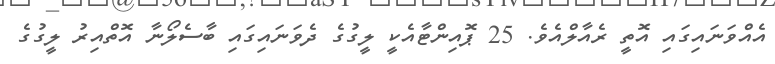
އެއްވަނައިގައި އޮތީ ރެއާލްއެވެ. 25 ޕޮއިންޓާއެކީ ލީގުގެ ދެވަނައިގައި ބާސެލޯނާ އޮތްއިރު ލީގުގެ